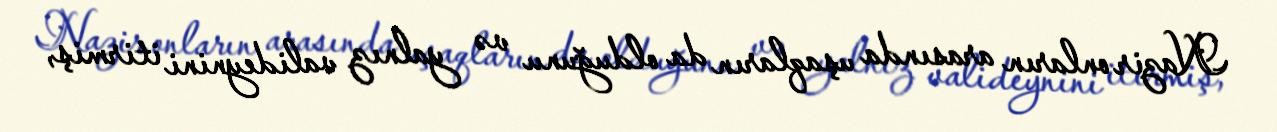
Nazir onların arasında uşaqların da olduğunu və yalnız valideynini itirmiş,